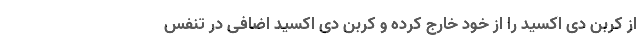
از کربن دی اکسید را از خود خارج کرده و کربن دی اکسید اضافی در تنفس